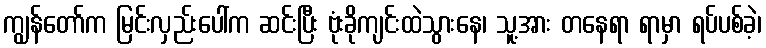
ကျွန်တော်က မြင်းလှည်းပေါ်က ဆင်းပြီး ဗုံးခိုကျင်းထဲသွားနေ၊ သူ့အား တနေရာ ရာမှာ ရပ်ပစ်ခဲ့၊